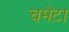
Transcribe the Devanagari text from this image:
चमेटा